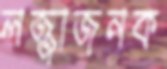
লজ্জাজনক